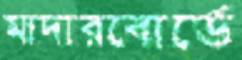
মাদারবোর্ডে